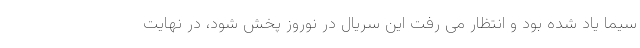
سیما یاد شده بود و انتظار می رفت این سریال در نوروز پخش شود، در نهایت